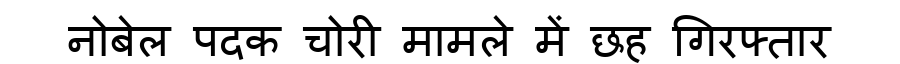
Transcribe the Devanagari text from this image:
नोबेल पदक चोरी मामले में छह गिरफ्तार